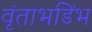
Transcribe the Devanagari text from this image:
वृंताभडिंभ